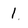
Character: 1